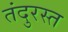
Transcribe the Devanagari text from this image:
तंदुरस्त